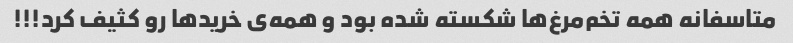
متاسفانه همه تخم‌مرغ‌ها شکسته شده بود و همه‌ی خرید‌ها رو کثیف کرد!!!